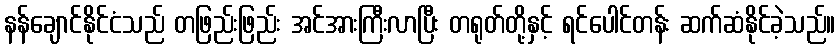
နန်ချောင်နိုင်ငံသည် တဖြည်းဖြည်း အင်အားကြီးလာပြီး တရုတ်တို့နှင့် ရင်ပေါင်တန်း ဆက်ဆံနိုင်ခဲ့သည်။